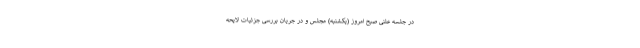
در جلسه علنی صبح امروز (یکشنبه) مجلس و در جریان بررسی جزئیات لایحه